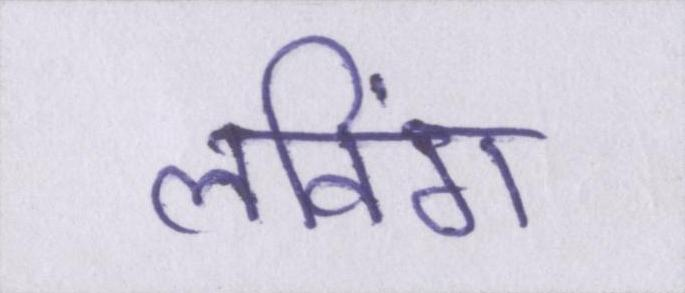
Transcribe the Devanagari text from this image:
लविंग